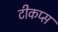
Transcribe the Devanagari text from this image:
टीकप्स